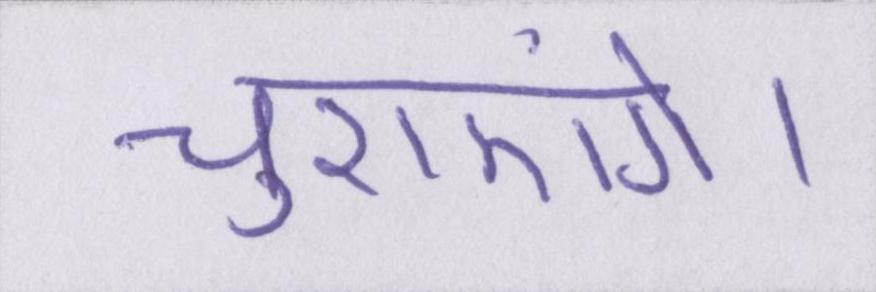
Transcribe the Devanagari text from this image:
चुराएंगे।